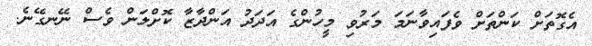
އެގޮތަށް ކަންތަށް ވެފައިވާނަމަ މަރުވި މީހުންގެ އަދަދު އަންދާޒާ ކޮށްލަން ވެސް ނޭނގޭނެ.